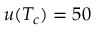
u ( T _ { c } ) = 5 0